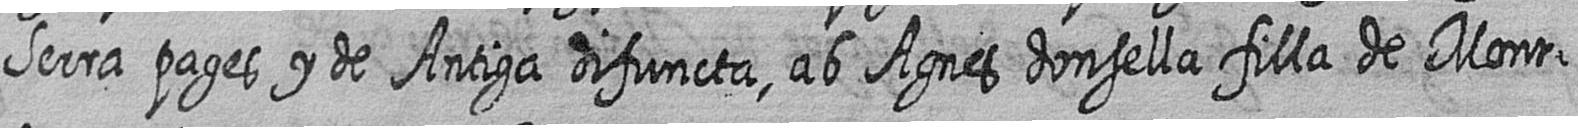
Serra pages y de Antiga difuncta ab Agnes donsella filla de Mont=